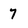
Character: 7